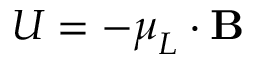
U = - { \boldsymbol { \mu } } _ { L } \cdot \mathbf { B }